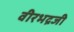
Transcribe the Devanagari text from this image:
वीरभद्रजी